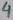
Text: 4